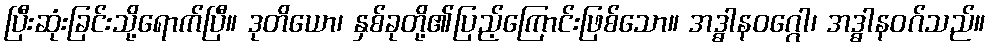
ပြီးဆုံးခြင်းသို့ရောက်ပြီ။ ဒုတိယော၊ နှစ်ခုတို့၏ပြည့်ကြောင်းဖြစ်သော။ အဒ္ဓါနဝဂ္ဂေါ၊ အဒ္ဓါနဝဂ်သည်။